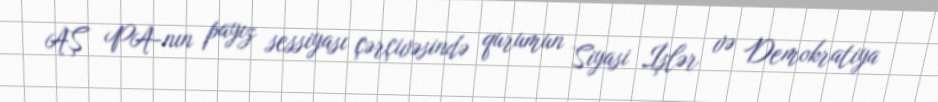
AŞ PA-nın payız sessiyası çərçivəsində qurumun Siyasi İşlər və Demokratiya